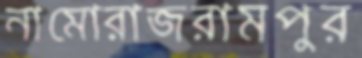
নামোরাজরামপুর